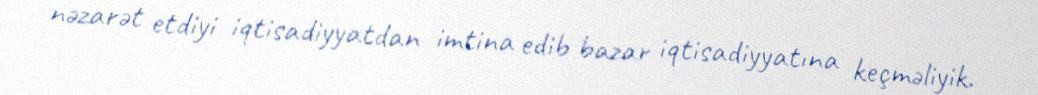
nəzarət etdiyi iqtisadiyyatdan imtina edib bazar iqtisadiyyatına keçməliyik.